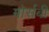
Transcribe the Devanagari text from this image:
मोर्सबी